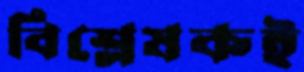
বিশ্লেষকই